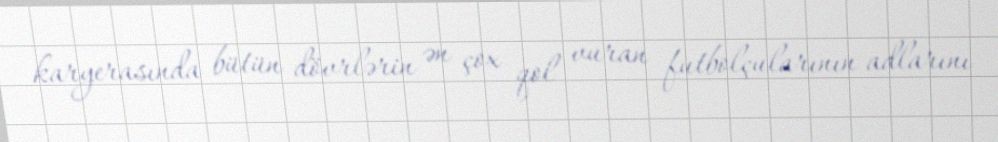
karyerasında bütün dövrlərin ən çox qol vuran futbolçularının adlarını